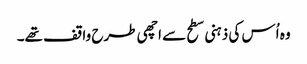
وہ اُس کی ذہنی سطح سے اچھی طرح واقف تھے۔